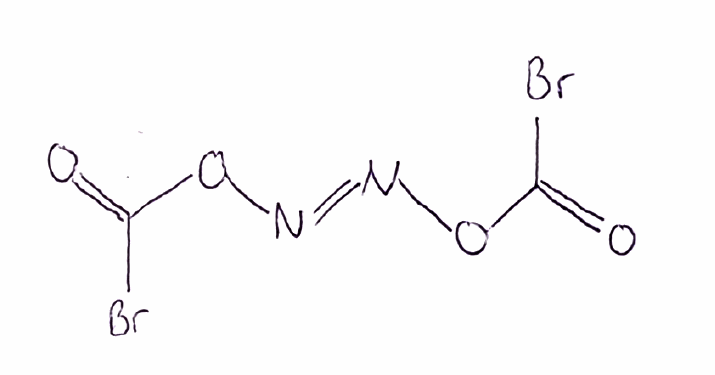
Simplified molecular-input line-entry system (SMILES) notation of the given molecule:
C(=O)(O/N=N/OC(=O)Br)Br